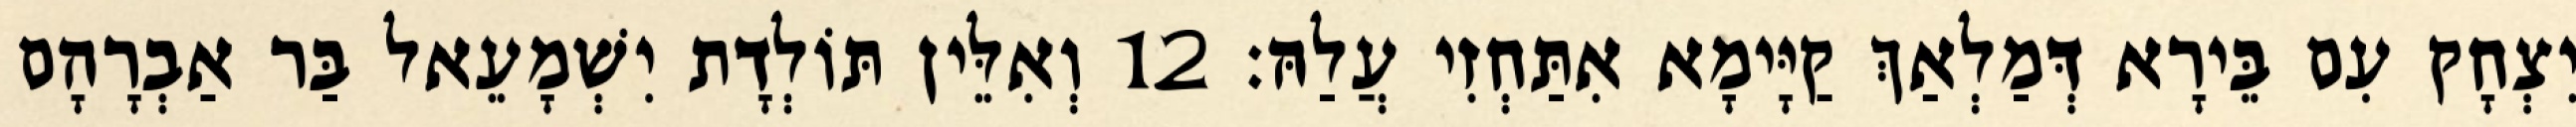
יִצְחָק עִם בֵּירָא דְּמַלְאַךְ קַיָּימָא אִתַּחְזִי עֲלַהּ׃ 12 וְאִלֵּין תּוֹלְדָת יִשְׁמָעֵאל בַּר אַבְרָהָם